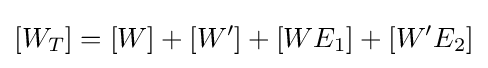
[W_{T}]=[W]+[W']+[WE_{1}]+[W'E_{2}]